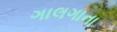
ગાલગાના